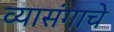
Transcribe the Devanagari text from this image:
व्यासंगाचे